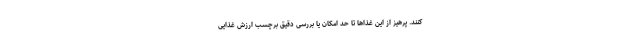
کنند. پرهیز از این غذاها تا حد امکان یا بررسی دقیق برچسب ارزش غذایی